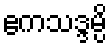
ဧကသဒ္ဒမ္ပိ